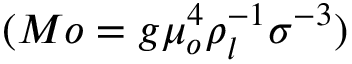
( M o = g \mu _ { o } ^ { 4 } \rho _ { l } ^ { - 1 } \sigma ^ { - 3 } )